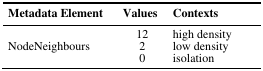
| Metadata Element | Values | Contexts |
 | --- | --- | --- |
 | <ROWSPAN=3> NodeNeighbours | 12 | high density |
 | 2 | low density |
 | 0 | isolation |